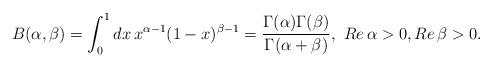
LaTeX: \begin{align*}B(\alpha,\beta)=\int_{0}^{1} dx\, x^{\alpha-1}(1-x)^{\beta-1}=\frac{\Gamma(\alpha)\Gamma(\beta) }{\Gamma(\alpha+\beta) }, \,\, Re\,\alpha>0,Re\,\beta>0.\end{align*}